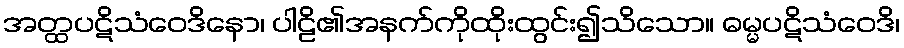
အတ္ထပဋိသံဝေဒိနော၊ ပါဠိ၏အနက်ကိုထိုးထွင်း၍သိသော။ ဓမ္မပဋိသံဝေဒိ၊